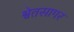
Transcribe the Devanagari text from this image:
श्वेतसागर